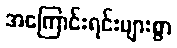
အကြောင်းရင်းများစွာ